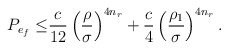
\begin{align*}P_{e_f}\le & \frac{c}{12}\left(\frac{\rho}{\sigma}\right)^{4n_{r}}+\frac{c}{4}\left(\frac{\rho_{1}}{\sigma}\right)^{4n_{r}}.\end{align*}